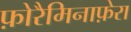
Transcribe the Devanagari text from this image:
फ़ोरैमिनाफ़ेरा